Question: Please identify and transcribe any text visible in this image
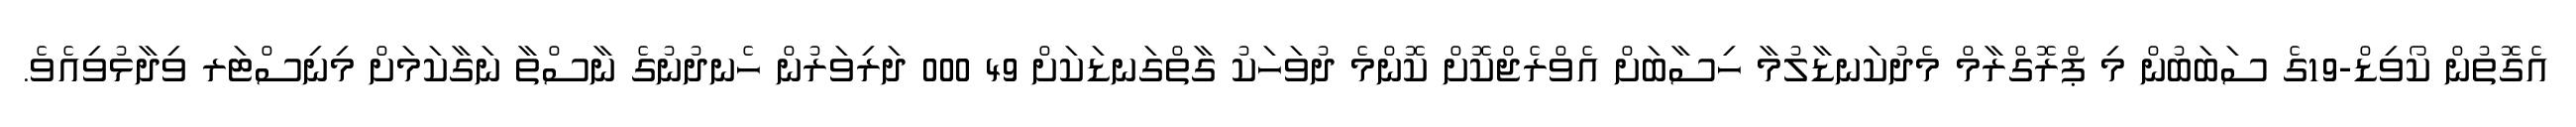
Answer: އެގޮތުން ކޯވިޑް-19ގެ ސަބަބުން މި ޕްރޮގްރާމް މެދުކަނޑާލުމާ ހިސާބަށް އެވްރެޖްކޮށް ކޮންމެ ދުވަހަކު ގާތްގަނޑަކަށް 49 000 ދަރިވަރުން ހެނދުނުގެ ނާސްތާ ނަގާކަމަށް މިނިސްޓަރ ވިދާޅުވިއެވެ.